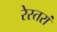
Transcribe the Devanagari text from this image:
रेस्‍तरां